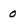
Character: 0